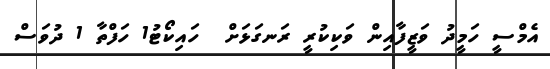
އެމްސީ ހަމީދު ވަޒީފާއިން ވަކިކުރީ ރަނގަޅަށް  ހައިކޯޓު1 ހަފްތާ 1 ދުވަސް